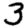
Digit: 3